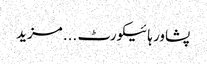
پشاور ہائیکورٹ ... مزید